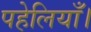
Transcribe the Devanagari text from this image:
पहेलियाँ।